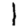
Digit: 1